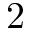
2